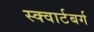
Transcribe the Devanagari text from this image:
स्क्वार्टबर्ग